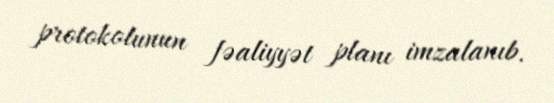
protokolunun fəaliyyət planı imzalanıb.